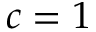
c = 1